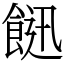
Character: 䭀